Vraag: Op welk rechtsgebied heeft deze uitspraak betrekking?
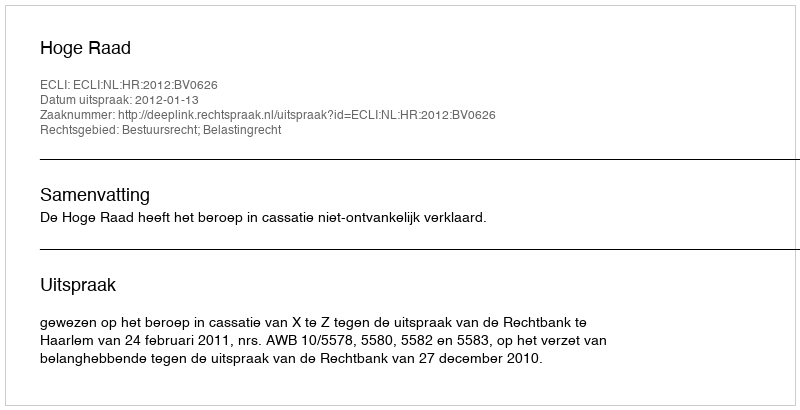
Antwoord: Bestuursrecht; Belastingrecht